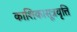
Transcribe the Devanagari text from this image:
काशिकासूत्रवृत्ति